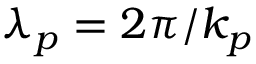
\lambda _ { p } = 2 \pi / k _ { p }